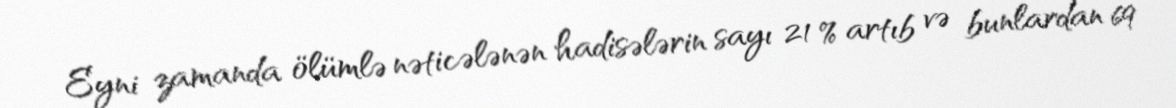
Eyni zamanda ölümlə nəticələnən hadisələrin sayı 21 % artıb və bunlardan 69